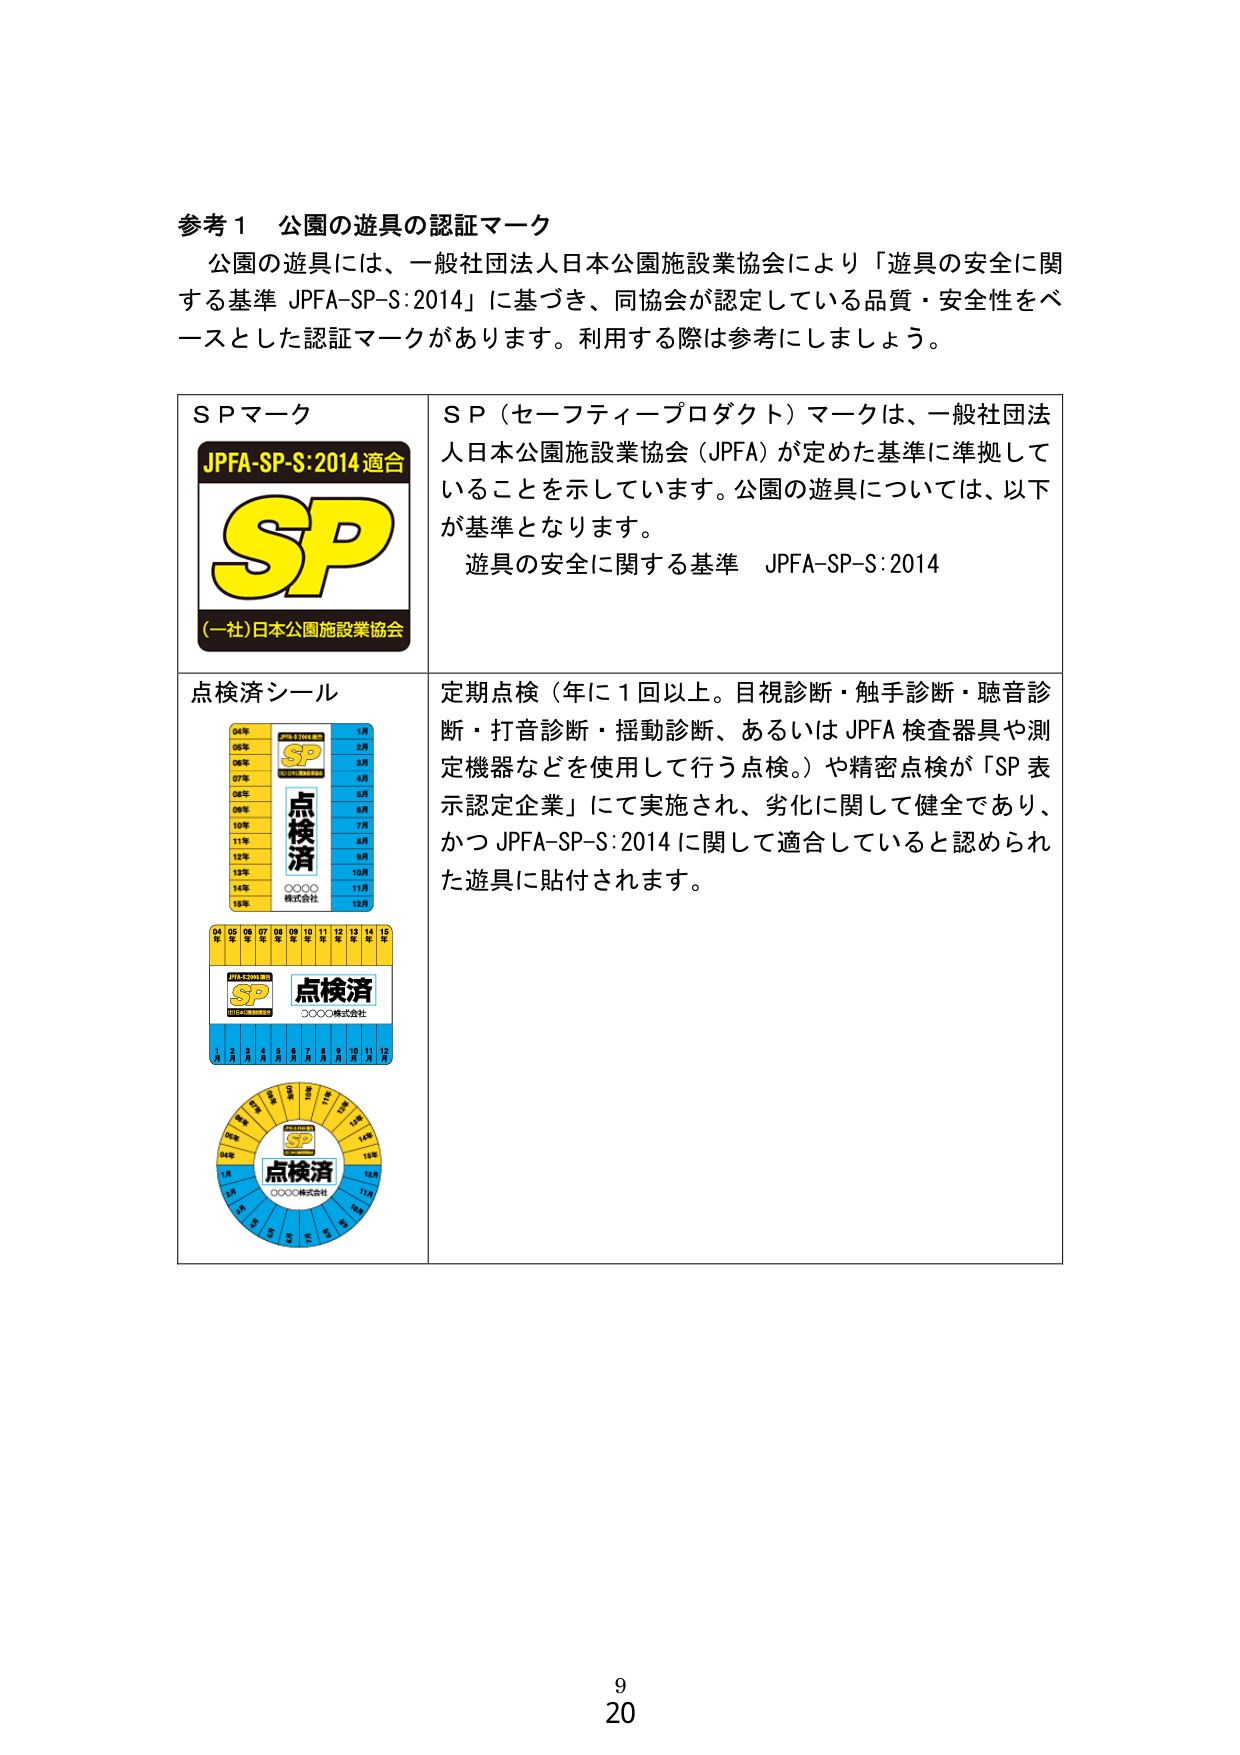
参考１ 公園の遊具の認証マーク
公園の遊具には、一般社団法人日本公園施設業協会により「遊具の安全に関する基準 JPFA-SP-S:2014」に基づき、同協会が認定している品質・安全性をベースとした認証マークがあります。利用する際は参考にしましょう。

SPマーク
JPFA-SP-S:2014 適合
SP
(一社)日本公園施設業協会
SP（セーフティープロダクト）マークは、一般社団法人日本公園施設業協会（JPFA）が定めた基準に準拠していることを示しています。公園の遊具については、以下が基準となります。
遊具の安全に関する基準 JPFA-SP-S:2014

点検済シール
04年 05年 06年 07年 08年 09年 10年 11年 12年 13年 14年 15年
1月 2月 3月 4月 5月 6月 7月 8月 9月 10月 11月 12月
SP
点検済
○○○○株式会社
04年 05年 06年 07年 08年 09年 10年 11年 12年 13年 14年 15年
1月 2月 3月 4月 5月 6月 7月 8月 9月 10月 11月 12月
JPFA-SP-S:2014 適合
SP
点検済
○○○○株式会社
04年 05年 06年 07年 08年 09年 10年 11年 12年 13年 14年 15年
1月 2月 3月 4月 5月 6月 7月 8月 9月 10月 11月 12月
SP
点検済
○○○○株式会社
定期点検（年に1回以上。目視診断・触手診断・聴音診断・打音診断・揺動診断、あるいはJPFA検査器具や測定機器などを使用して行う点検。）や精密点検が「SP表示認定企業」にて実施され、劣化に関して健全であり、かつJPFA-SP-S:2014に関して適合していると認められた遊具に貼付されます。

9
20